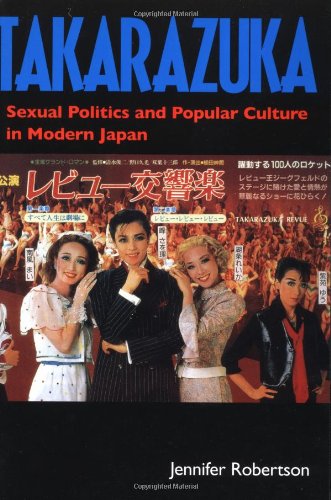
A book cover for Takarazuka: Sexual Politics and Popular Culture in Modern Japan; Jennifer Robertson; Literature & Fiction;